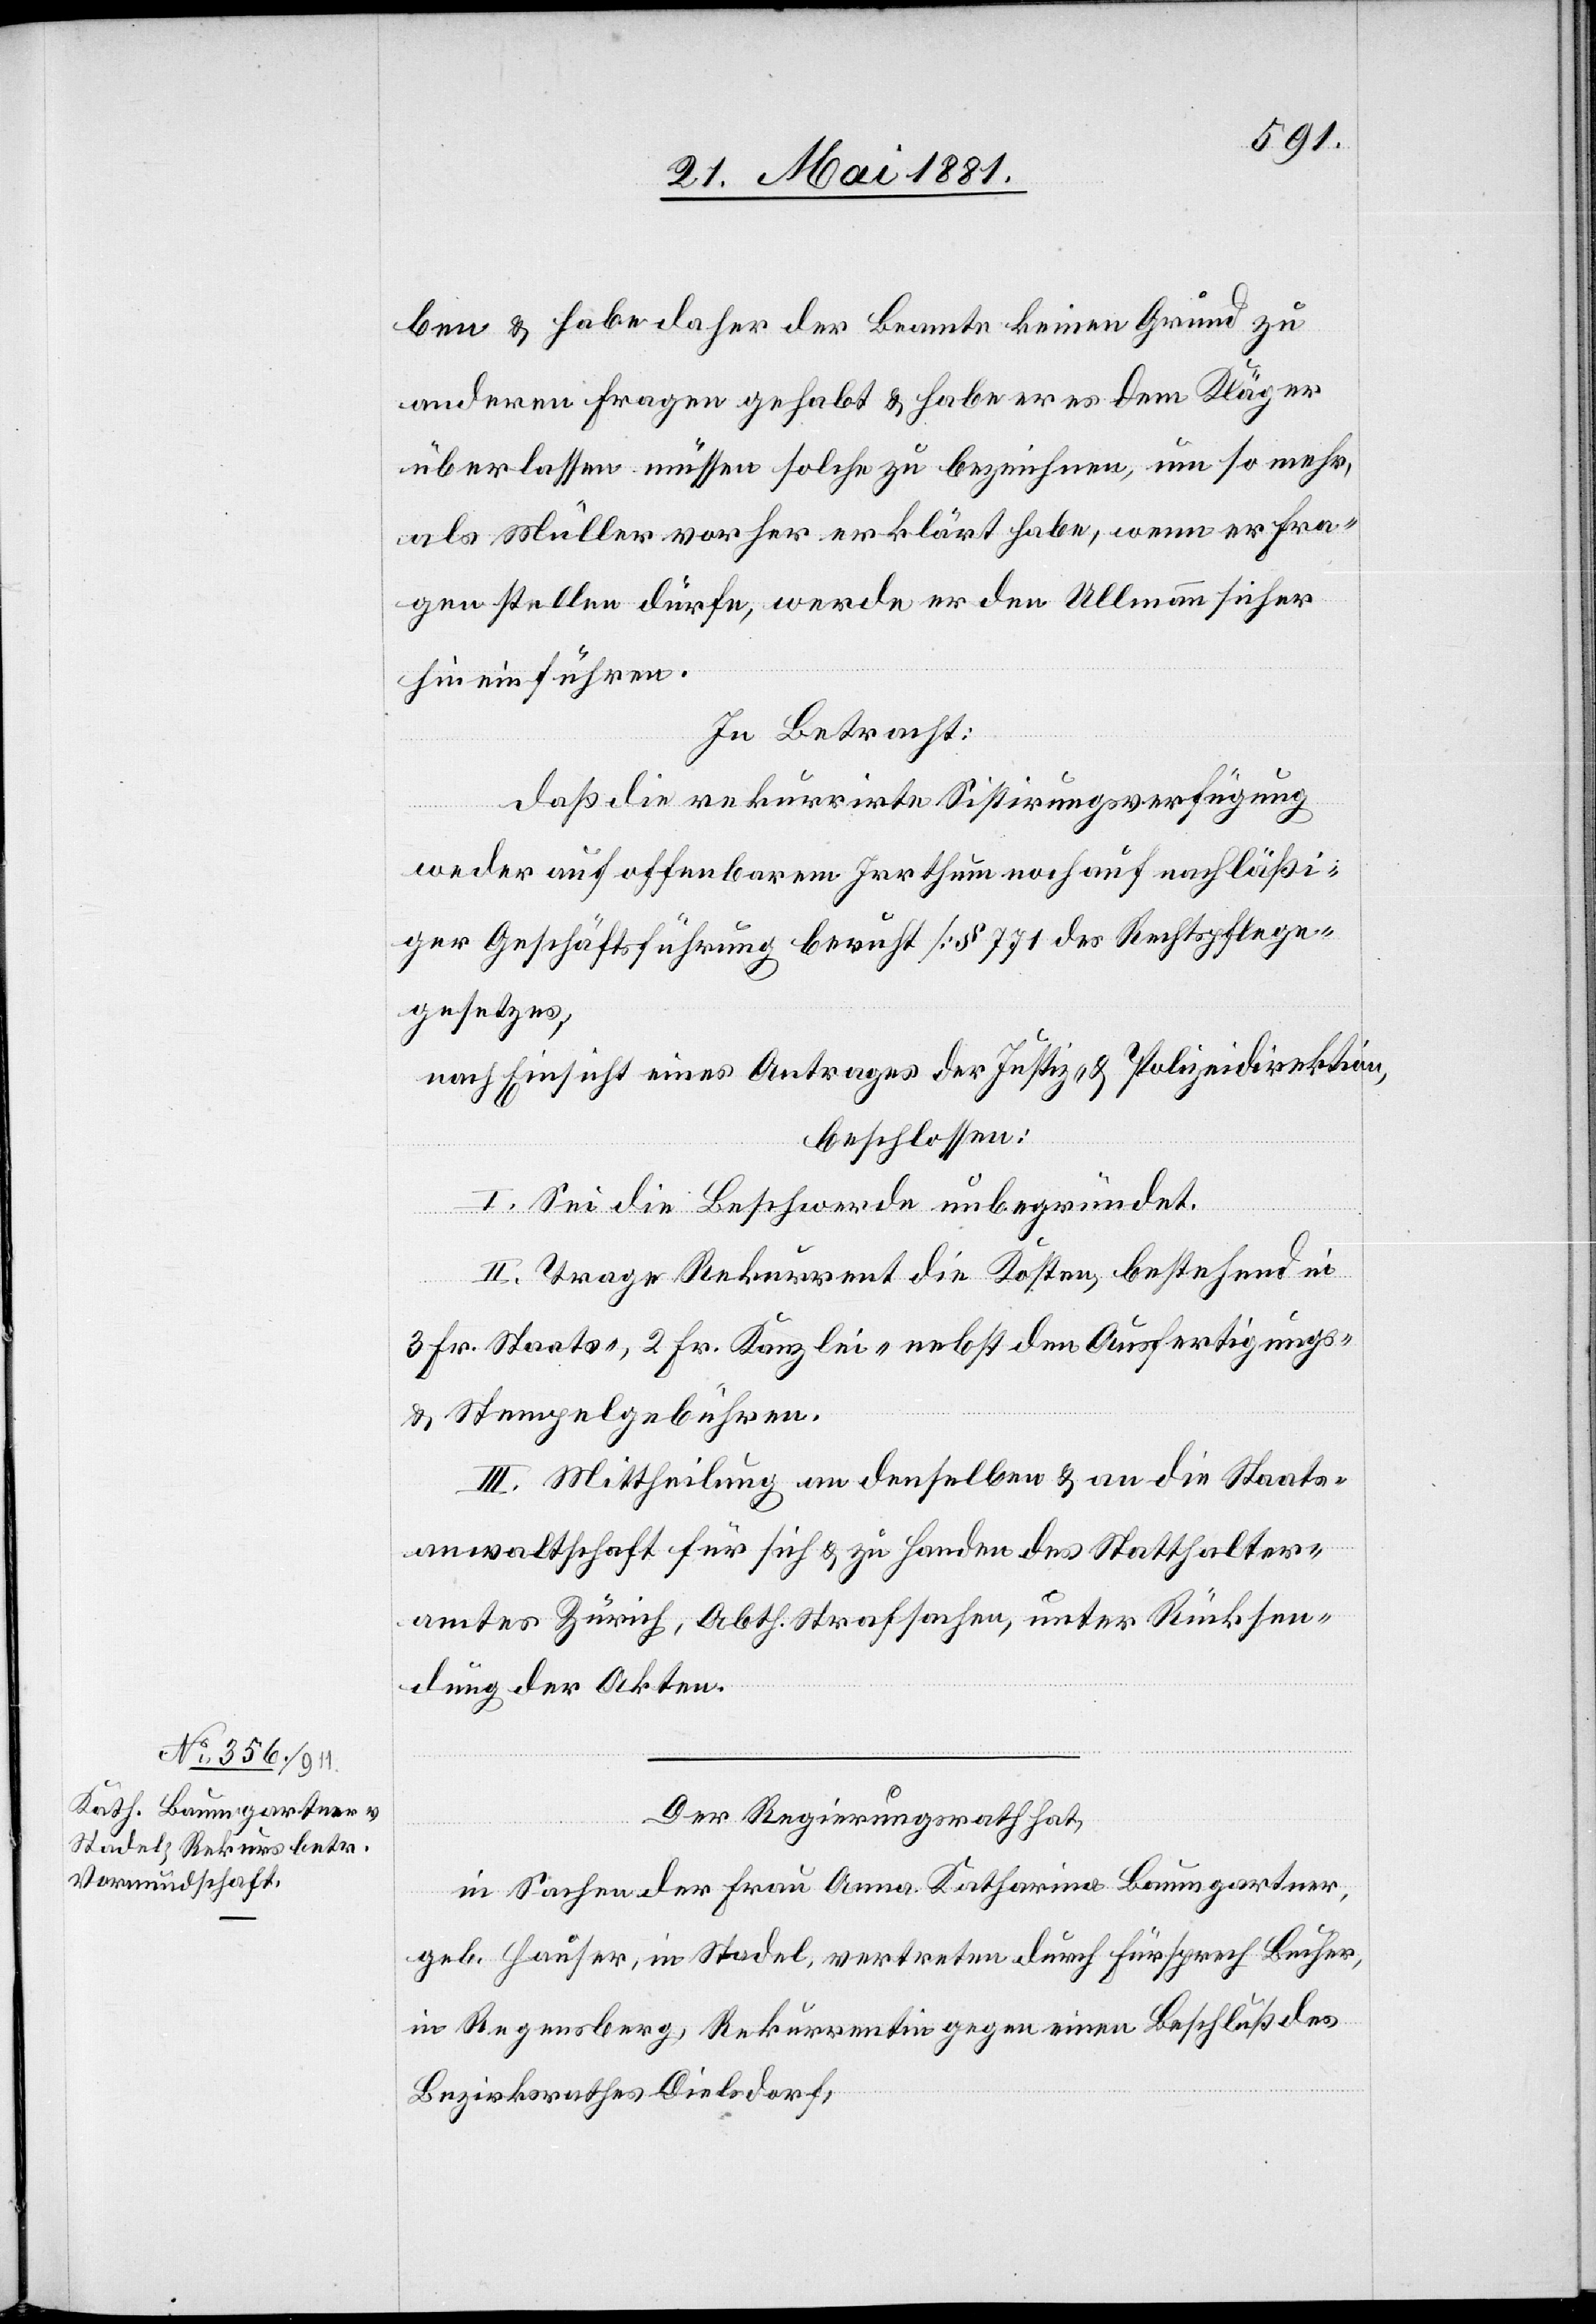
ben & habe daher der Beamte keinen Grund zu
anderen Fragen gehabt & habe er es dem Kläger
überlassen müssen solche zu bezeichnen, um so mehr,
als Müller vorher erklärt habe, wenn er Fra¬
gen stellen dürfe, werde er den Ullmann sicher
hineinführen.
In Betracht:
daß die rekurrirte Sistirungsverfügung
weder auf offenbarem Irrthum noch auf nachläßi¬
ger Geschäftsführung beruft [§ 771 des Rechtpflege¬
gesetzes],
nach Einsicht eines Antrages der Justiz- & Polizeidirektion,
beschlossen:
I. Sei die Beschwerde unbegründet.
II. Trage Rekurrent die Kosten, bestehend in
3. Fr. Staats-, 2. Fr. Kanzlei- nebst den Ausfertigungs-
& Stempelgebühren.
III. Mittheilung an denselben & an die Staats¬
anwaltschaft für sich & zu Handen des Statthalter¬
amtes Zürich, Abth. Strafsachen, unter Rücksen¬
dung der Akten.
Der Regierungsrath hat,
in Sachen der Frau Anna Katharina Baumgartner,
geb. Hauser, in Stadel, vertreten durch Fürsprech Bucher,
in Regensberg, Rekurrentin gegen einen Beschluß des
Bezirksrathes Dielsdorf,